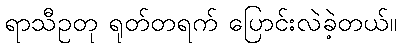
ရာသီဥတု ရုတ်တရက် ပြောင်းလဲခဲ့တယ်။